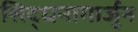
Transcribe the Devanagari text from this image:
सिद्धनागार्जुन